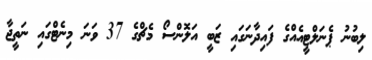
ލިބުނު ޕެނަލްޓީއެއްގެ ފައިދާނަގައި ޒަބީ އަލޮންސޯ މެޗްގެ 37 ވަނަ މިނެޓްގައި ނަތީޖާ